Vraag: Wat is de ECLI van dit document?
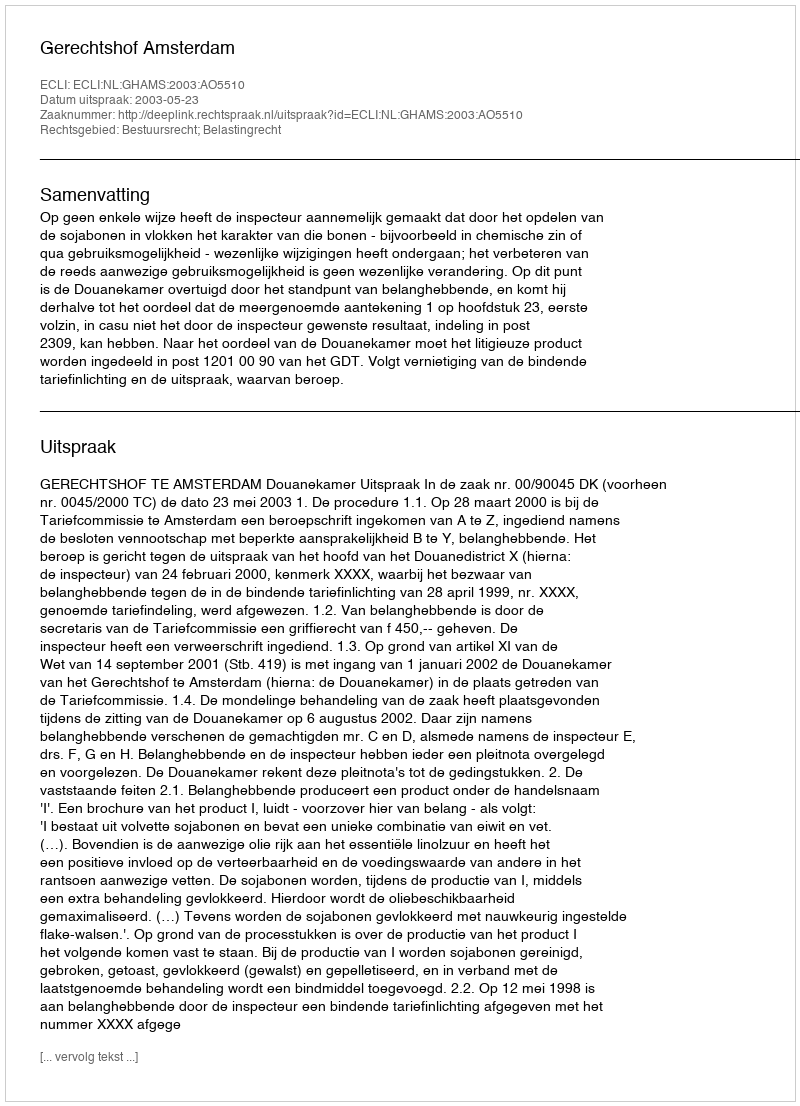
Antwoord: ECLI:NL:GHAMS:2003:AO5510